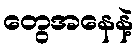
တွေအနေနဲ့